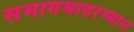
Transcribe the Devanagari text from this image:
समागमादरम्यान